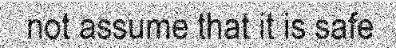
not assume that it is safe